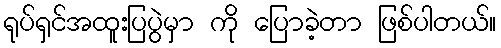
ရုပ်ရှင်အထူးပြပွဲမှာ ကို ပြောခဲ့တာ ဖြစ်ပါတယ်။